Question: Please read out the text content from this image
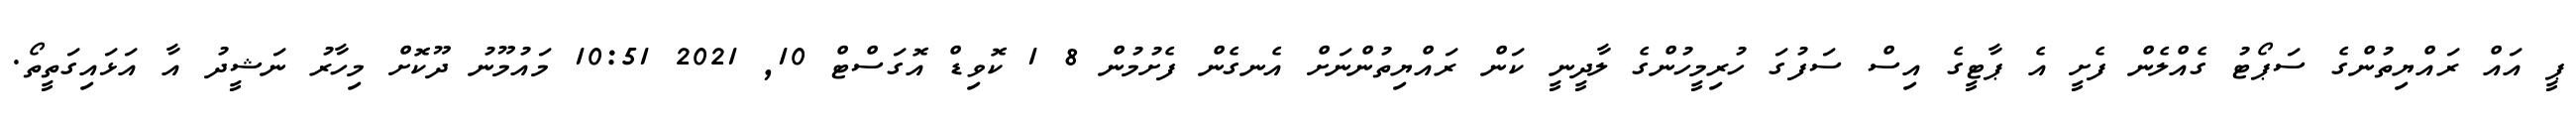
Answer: ޕީ އައް ރައްޔިތުންގެ ސަޕޯޓު ގެއްލެން ފެށީ އެ ޕާޓީގެ އިސް ސަފުގަ ހުރިމީހުންގެ ލާދީނީ ކަން ރައްޔިތުންނަށް އެނގެން ފެށުމުން 8 1 ކޮވިޑް އޮގަސްޓް 10, 2021 10:51 މައުމޫނު ދޫކޮށް މިހާރު ނަޝީދު އާ އަޅައިގަތީތޯ.